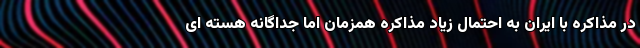
در مذاکره با ایران به احتمال زیاد مذاکره همزمان اما جداگانه هسته ای